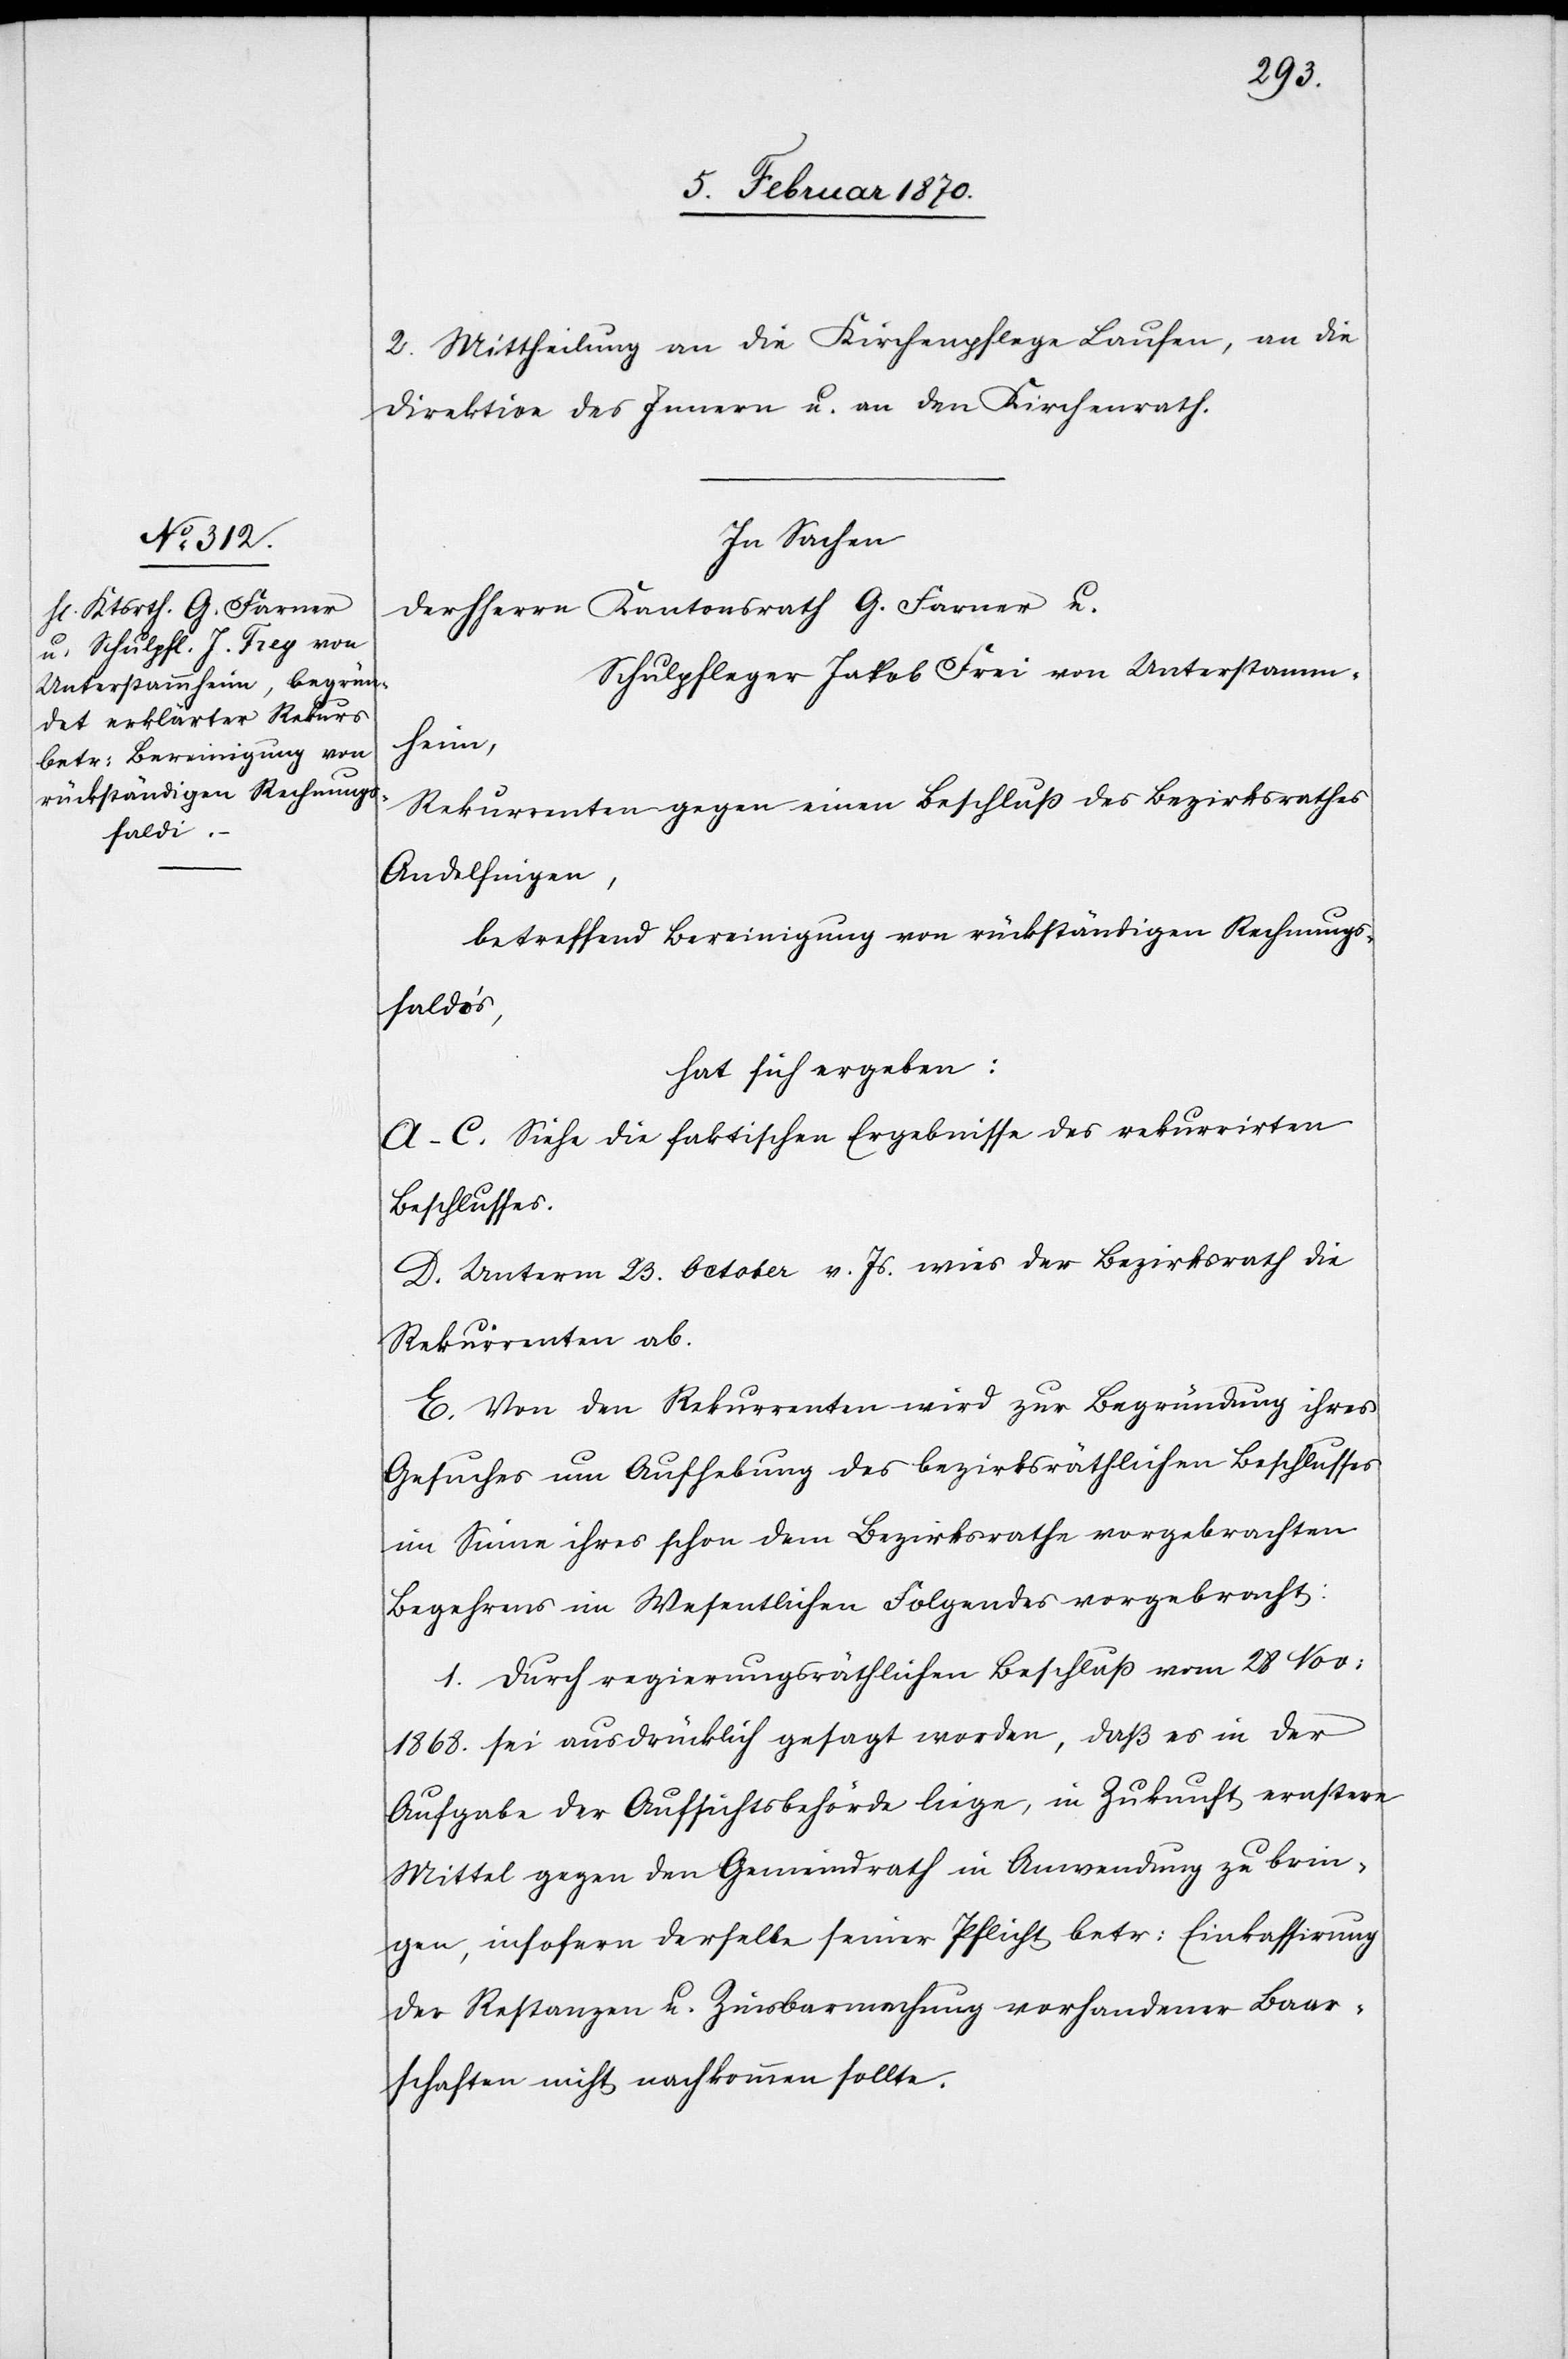
2. Mittheilung an die Kirchenpflege Laufen, an die
Direktion des Innern u. an den Kirchenrath.
In Sachen
der HHerrn Kantonsrath G. Farner u.
Schulpfleger Jakob Frei [sic!] von Unterstamm¬
heim,
Rekurrenten gegen einen Beschluß des Bezirksrathes
Andelfingen,
betreffend Bereinigung von rückständigen Rechnungs¬
saldoʼs,
hat sich ergeben:
A–C. Siehe die faktischen Ergebnisse des rekurrirten
Beschlusses.
D. Unterm 23. October v. Js. wies der Bezirksrath die
Rekurrenten ab.
E. Von den Rekurrenten wird zur Begründung ihres
Gesuches um Aufhebung des bezirksräthlichen Beschlusses
im Sine ihres schon dem Bezirksrathe vorgebrachten
Begehrens im Wesentlichen Folgendes vorgebracht:
1. Durch regierungsräthlichen Beschluss vom 28 Nov:
1868. sei ausdrücklich gesagt worden, daß es in der
Aufgabe der Aufsichtsbehörde liege, in Zukunft ernstere
Mittel gegen den Gemeindrath in Anwendung zu brin¬
gen, insofern derselbe seiner Pflicht betr: Einkassirung
der Restanzen u. Zinsbarmachung vorhandener Baar¬
schaften nicht nachkommen sollte.